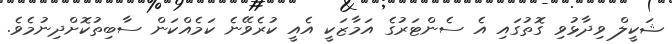
ޝަކީލް ވިދާޅުވި ގޮތުގައި އެ ސެންޓަރުގެ އަމާޒަކީ އެއީ ކުރެވޭނެ ކަމެއްކަން ސާބިތުކޮށްދިނުމެވެ.